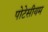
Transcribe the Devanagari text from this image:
पोटेसीयम